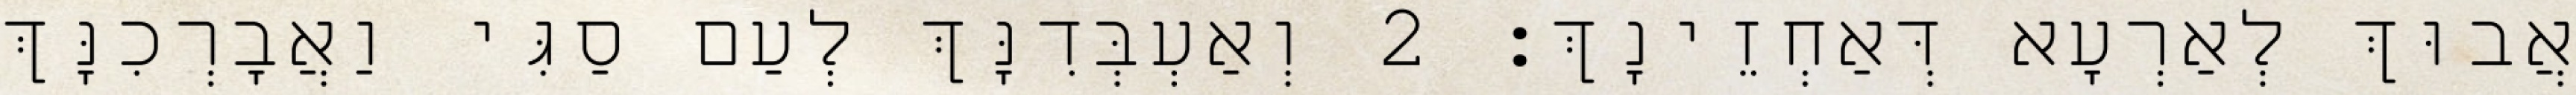
אֲבוּךְ לְאַרְעָא דְּאַחְזֵינָךְ׃ 2 וְאַעְבְּדִנָּךְ לְעַם סַגִּי וַאֲבָרְכִנָּךְ